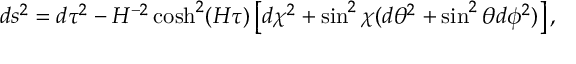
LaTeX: d s ^ { 2 } = d \tau ^ { 2 } - H ^ { - 2 } \cosh ^ { 2 } ( H \tau ) \left[ d \chi ^ { 2 } + \sin ^ { 2 } \chi ( d \theta ^ { 2 } + \sin ^ { 2 } \theta d \phi ^ { 2 } ) \right] ,